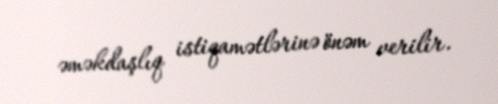
əməkdaşlıq istiqamətlərinə önəm verilir.